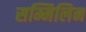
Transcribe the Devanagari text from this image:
सम्मिलिन